Report of the Indian Hemp Drugs Commission, 1894-1895 - Volume IV
Year: 1894
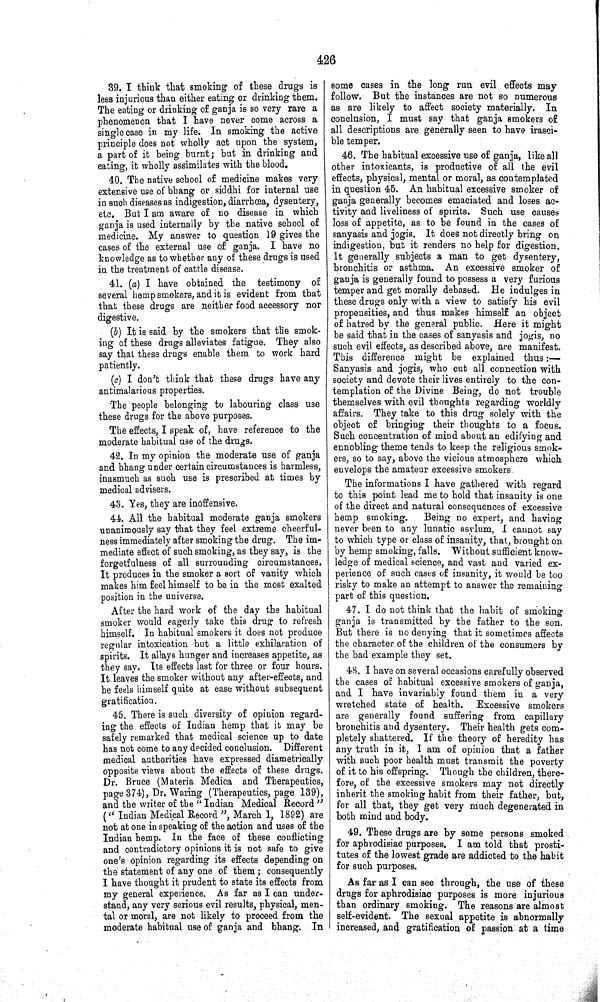
426
39. I think that smoking of these drugs is
less injurious than either eating or drinking them.
The eating or drinking of ganja is so very rare a
phenomenon that I have never come across a
single case in my life. In smoking the active
principle does not wholly act upon the system,
a part of it being burnt; but in drinking and
eating, it wholly assimilates with the blood.
40. The native school of medicine makes very
extensive use of bhang or siddhi for internal use
in such diseases as indigestion, diarrhœa, dysentery,
etc. But I am aware of no disease in which
ganja is used internally by the native school of
medicine. My answer to question 19 gives the
cases of the external use of ganja. I have no
knowledge as to whether any of these drugs is used
in the treatment of cattle disease.
41. (a) I have obtained the testimony of
several hemp smokers, and it is evident from that
that these drugs are neither food accessory nor
digestive.
(b) It is said by the smokers that the smok-
ing of these drugs alleviates fatigue. They also
say that these drugs enable them to work hard
patiently.
(c) I don't think that these drugs have any
antimalarious properties.
The people belonging to labouring class use
these drugs for the above purposes.
The effects, I speak of, have reference to the
moderate habitual use of the drugs.
42. In my opinion the moderate use of ganja
and bhang under certain circumstances is harmless,
inasmuch as such use is prescribed at times by
medical advisers.
43. Yes, they are inoffensive.
44. All the habitual moderate ganja smokers
unanimously say that they feel extreme cheerful-
ness immediately after smoking the drug. The im-
mediate effect of such smoking, as they say, is the
forgetfulness of all surrounding circumstances.
It produces in the smoker a sort of vanity which
makes him feel himself to be in the most exalted
position in the universe.
After the hard work of the day the habitual
smoker would eagerly take this drug to refresh
himself. In habitual smokers it does not produce
regular intoxication but a little exhilaration of
spirits. It allays hunger and increases appetite, as
they say. Its effects last for three or four hours.
It leaves the smoker without any after-effects, and
he feels himself quite at ease without subsequent
gratification.
45. There is such diversity of opinion regard-
ing the effects of Indian hemp that it may be
safely remarked that medical science up to date
has not come to any decided conclusion. Different
medical authorities have expressed diametrically
opposite views about the effects of these drugs.
Dr. Bruce (Materia Medica and Therapeutics,
page 374), Dr. Waring (Therapeutics, page 139),
and the writer of the "Indian Medical Record"
("Indian Medical Record", March 1, 1892) are
not at one in speaking of the action and uses of the
Indian hemp. In the face of these conflicting
and contradictory opinions it is not safe to give
one's opinion regarding its effects depending on
the statement of any one of them; consequently
I have thought it prudent to state its effects from
my general experience. As far as I can under-
stand, any very serious evil results, physical, men-
tal or moral, are not likely to proceed from the
moderate habitual use of ganja and bhang. In
some cases in the long run evil effects may
follow. But the instances are not so numerous
as are likely to affect society materially. In
conclusion, I must say that ganja smokers of
all descriptions are generally seen to have irasci-
ble temper.
46. The habitual excessive use of ganja, like all
other intoxicants, is productive of all the evil
effects, physical, mental or moral, as contemplated
in question 45. An habitual excessive smoker of
ganja generally becomes emaciated and loses ac-
tivity and liveliness of spirits. Such use causes
loss of appetite, as to be found in the cases of
sanyasis and jogis. It does not directly bring on
indigestion, but it renders no help for digestion.
It generally subjects a man to get dysentery,
bronchitis or asthma. An excessive smoker of
ganja is generally found to possess a very furious
temper and get morally debased. He indulges in
these drugs only with a view to satisfy his evil
propensities, and thus makes himself an object
of hatred by the general public. Here it might
be said that in the cases of sanyasis and jogis, no
such evil effects, as described above, are manifest.
This difference might be explained thus:—
Sanyasis and jogis, who cut all connection with
society and devote their lives entirely to the con-
templation of the Divine Being, do not trouble
themselves with evil thoughts regarding worldly
affairs. They take to this drug solely with the
object of bringing their thoughts to a focus.
Such concentration of mind about an edifying and
ennobling theme tends to keep the religious smok-
ers, so to say, above the vicious atmosphere which
envelops the amateur excessive smokers.
The informations I have gathered with regard
to this point lead me to hold that insanity is one
of the direct and natural consequences of excessive
hemp smoking.
Being no expert, and having
never been to any lunatic asylum, I cannot say
to which type or class of insanity, that, brought on
by hemp smoking, falls. Without sufficient know-
ledge of medical science, and vast and varied ex-
perience of such cases of insanity, it would be too
risky to make an attempt to answer the remaining
part of this question.
47. I do not think that the habit of smoking
ganja is transmitted by the father to the son.
But there is no denying that it sometimes affects
the character of the children of the consumers by
the bad example they set.
48. I have on several occasions carefully observed
the cases of habitual excessive smokers of ganja,
and I have invariably found them in a very
wretched state of health. Excessive smokers
are generally found suffering from capillary
bronchitis and dysentery. Their health gets com-
pletely shattered. If the theory of heredity has
any truth in it, I am of opinion that a father
with such poor health must transmit the poverty
of it to his offspring. Though the children, there-
fore, of the excessive smokers may not directly
inherit the smoking habit from their father, but,
for all that, they get very much degenerated in
both mind and body.
49. These drugs are by some persons smoked
for aphrodisiac purposes. I am told that prosti-
tutes of the lowest grade are addicted to the habit
for such purposes.
As far as I can see through, the use of these
drugs for aphrodisiac purposes is more injurious
than ordinary smoking. The reasons are almost
self-evident. The sexual appetite is abnormally
increased, and gratification of passion at a time